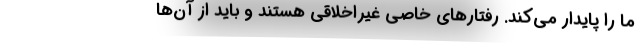
ما را پایدار می‌کند. رفتارهای خاصی غیراخلاقی هستند و باید از آن‌ها